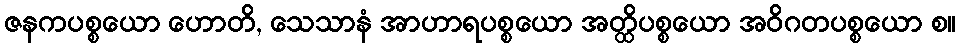
ဇနကပစ္စယော ဟောတိ, သေသာနံ အာဟာရပစ္စယော အတ္ထိပစ္စယော အဝိဂတပစ္စယော စ။